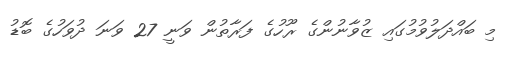
މި ބައްދަލުވުމުގައި ޒުވާނުންގެ ރޫހުގެ ފަރާތުން ވަނީ 27 ވަނަ ދުވަހުގެ ބޮޑު